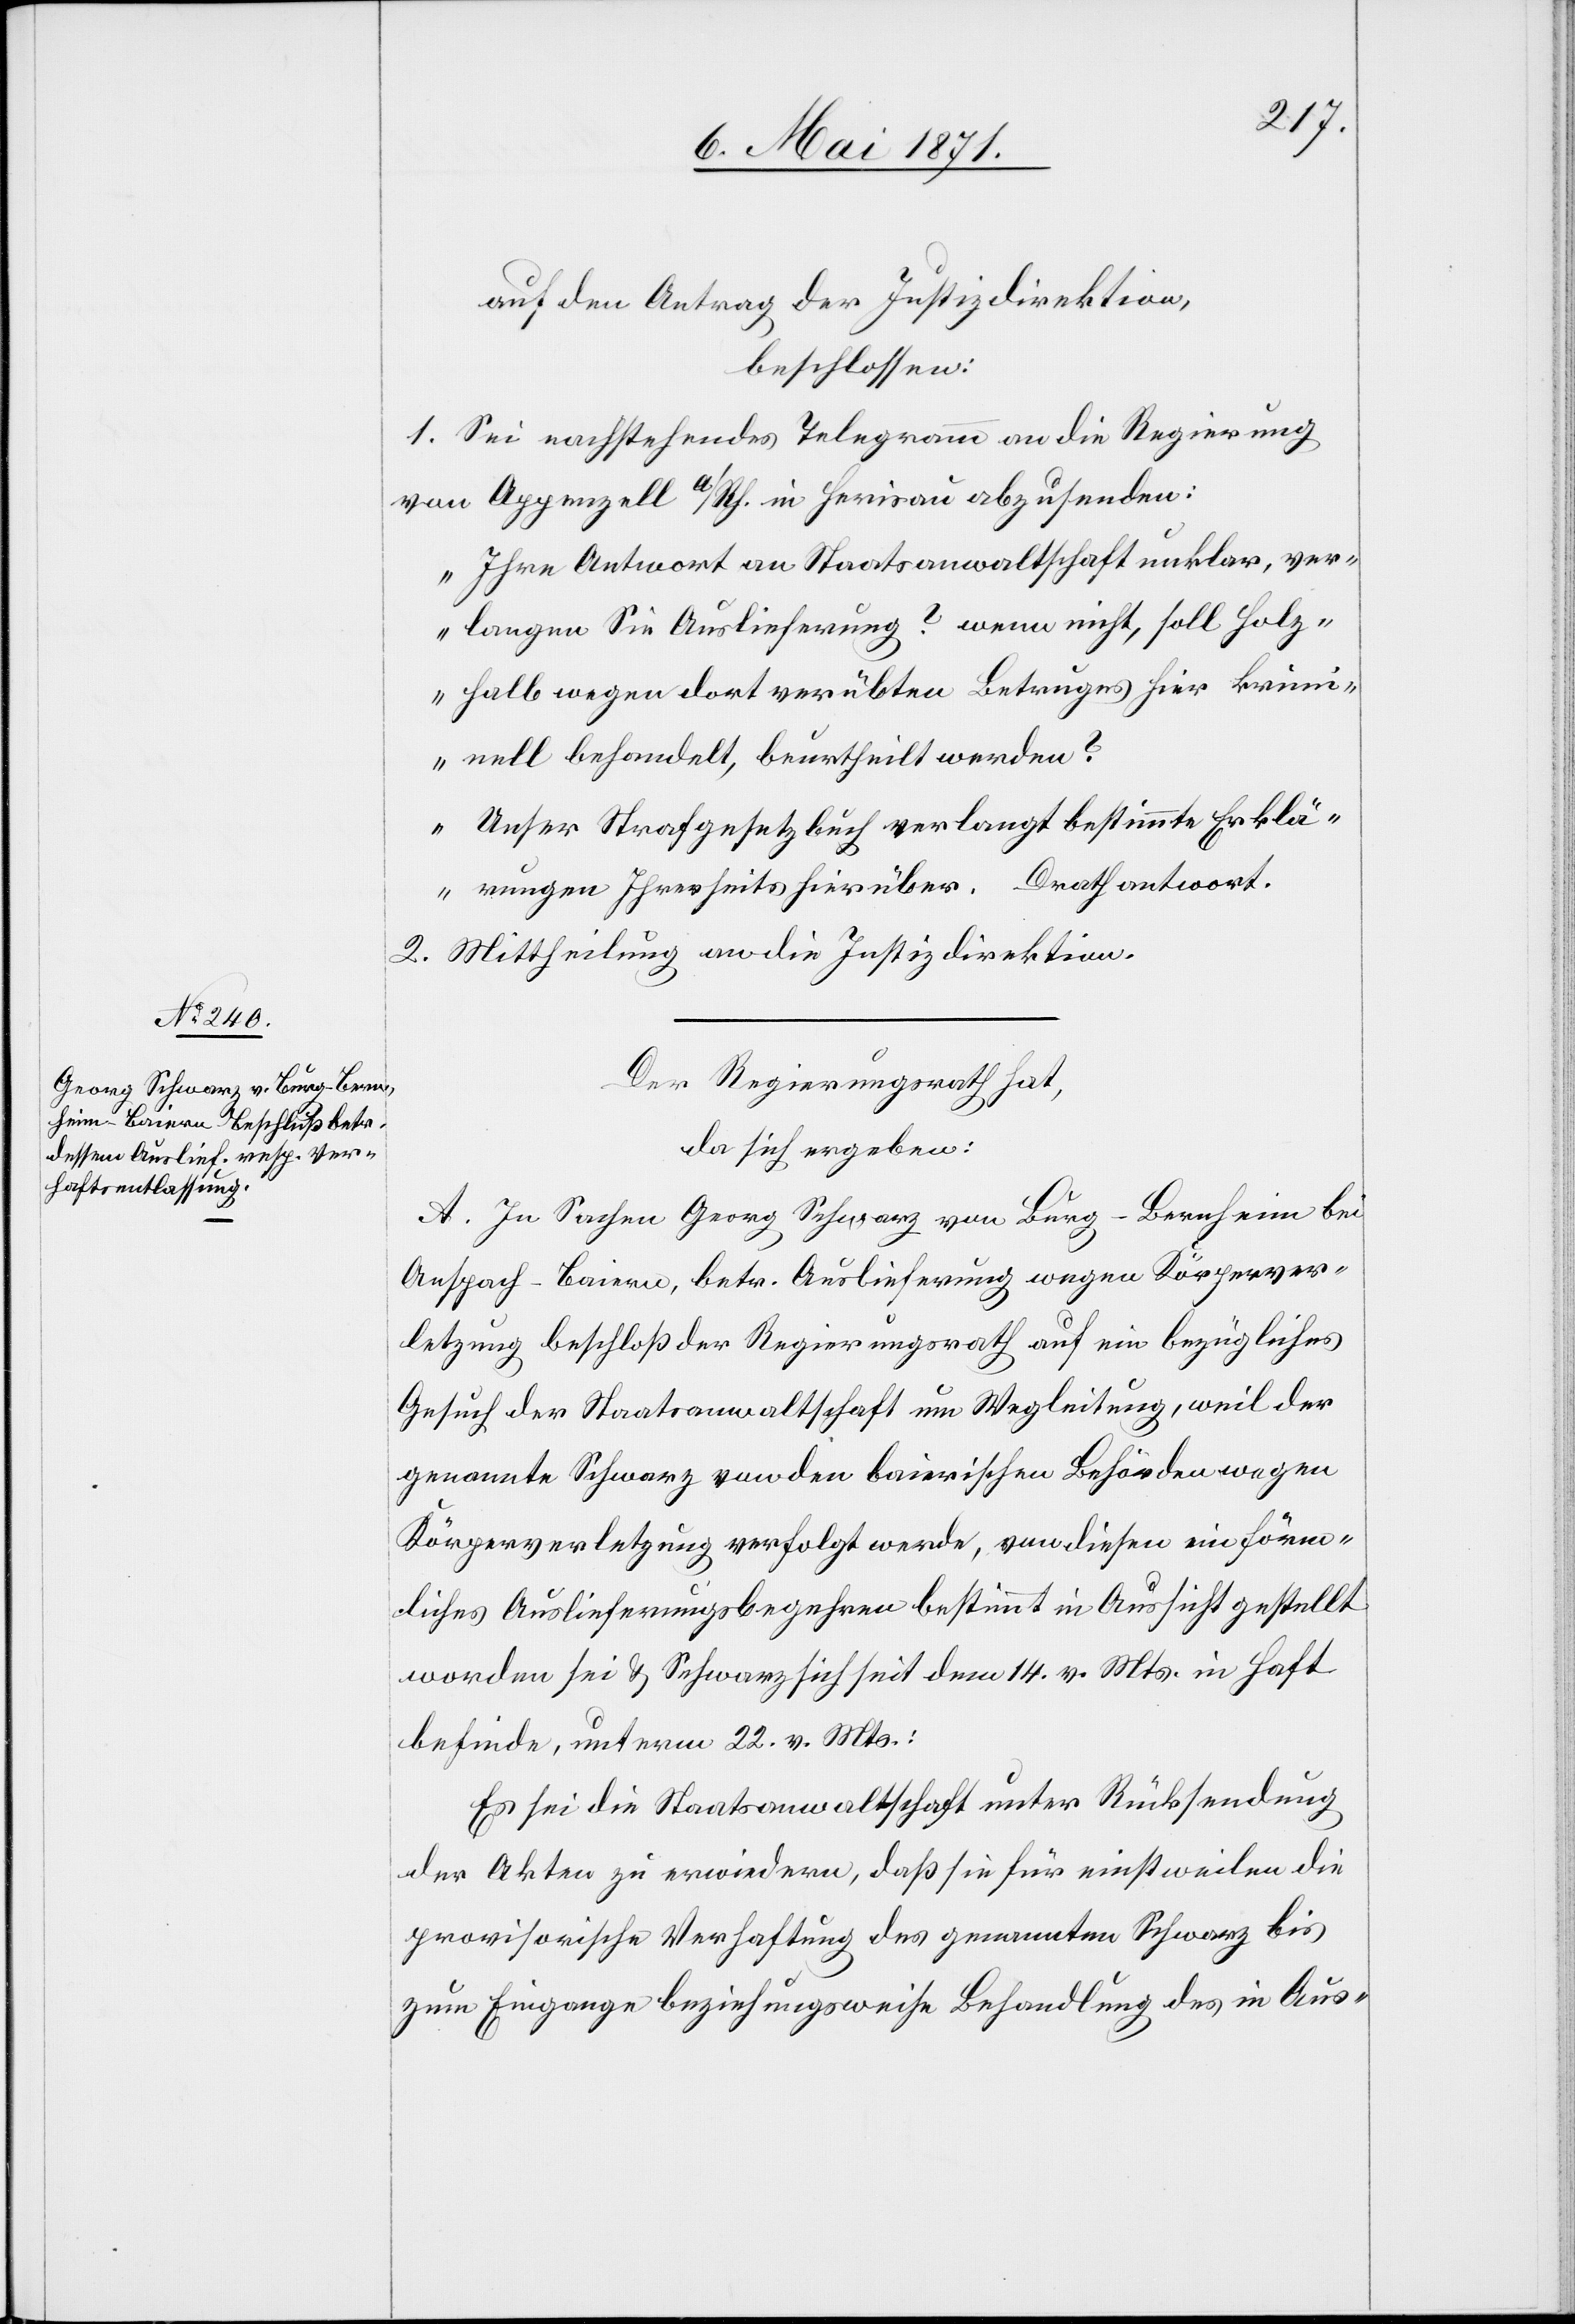
auf den Antrag der Justizdirektion,
beschlossen:
1. Sei nachstehendes Telegramm an die Regierung
von Appenzell a/Rh. in Herisau abzusenden:
„Ihre Antwort an Staatsanwaltschaft unklar, ver¬
langen Sie Auslieferung? wenn nicht, soll Holz¬
halb wegen dort verübten Betruges hier krim¬
inell behandelt, beurtheilt werden?
Unser Strafgesetzbuch verlangt bestimmte Erklä¬
rungen Ihrerseits hierüber. Drathantwort.[“]
2. Mittheilung an die Justizdirektion.
Der Regierungsrath hat,
da sich ergeben:
A. In Sachen Georg Schwarz von Burg-Bernheim bei
Anspach-Baiern, betr. Auslieferung wegen Körperver¬
letzung beschloß der Regierungsrath auf ein bezügliches
Gesuch der Staatsanwaltschaft um Wegleitung, weil der
genannte Schwarz von den baierischen Behörden wegen
Körperverletzung verfolgt werde, von diesen ein förm¬
liches Auslieferungsbegehren bestimmt in Aussicht gestellt
worden sei u. Schwarz sich seit dem 14. v. Mts. in Haft
befinde, unterm 22. v. Mts.:
Es sei die [sic!] Staatsanwaltschaft unter Rücksendung
der Akten zu erwiedern, daß sie für einstweilen die
provisorische Verhaftung des genannten Schwarz bis
zum Eingange beziehungsweise Behandlung des in Aus-